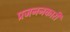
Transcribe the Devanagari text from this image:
प्रजननकारी